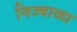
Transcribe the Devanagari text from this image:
निज्वाळा